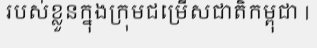
របស់ខ្លួនក្នុងក្រុមជម្រើសជាតិកម្ពុជា |